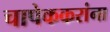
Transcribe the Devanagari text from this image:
चापेककरांना